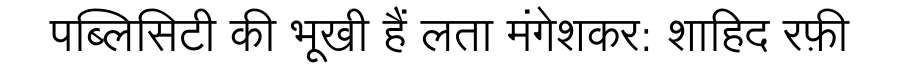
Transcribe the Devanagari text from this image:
पब्लिसिटी की भूखी हैं लता मंगेशकर: शाहिद रफ़ी